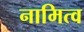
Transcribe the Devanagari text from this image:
नामित्व